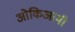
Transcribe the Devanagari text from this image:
ओकिआमी